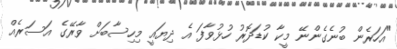
"އަހަރެން ބުނެގެންނޭ މީކާ ކުޑަދޮރު ހުޅުވާފަ އެ ދިޔައީ މިހިސާބަށް ވާރޭގެ އަސަރެއް